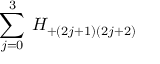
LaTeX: \sum _ { j = 0 } ^ { 3 } \: H _ { + ( 2 j + 1 ) ( 2 j + 2 ) } \: